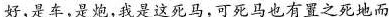
好，是车，是炮，我是这死马，可死马也有置之死地而